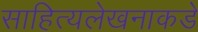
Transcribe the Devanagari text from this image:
साहित्यलेखनाकडे